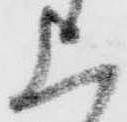
上